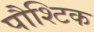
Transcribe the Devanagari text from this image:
पौश्टिक